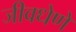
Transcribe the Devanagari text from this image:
जीवधेणे